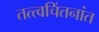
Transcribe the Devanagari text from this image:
तत्त्वचिंतनांत